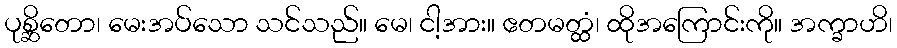
ပုစ္ဆိတော၊ မေးအပ်သော သင်သည်။ မေ၊ ငါ့အား။ ဧတမတ္ထံ၊ ထိုအကြောင်းကို။ အက္ခာဟိ၊